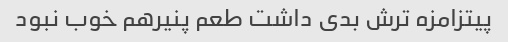
پیتزامزه ترش بدی داشت طعم پنیرهم خوب نبود